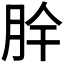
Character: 𮲪